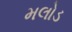
મલોડ